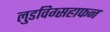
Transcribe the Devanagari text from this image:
लुडविग्सहाफन